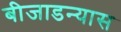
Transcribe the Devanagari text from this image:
बीजाडन्यास